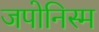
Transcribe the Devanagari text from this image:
जपोनिस्म